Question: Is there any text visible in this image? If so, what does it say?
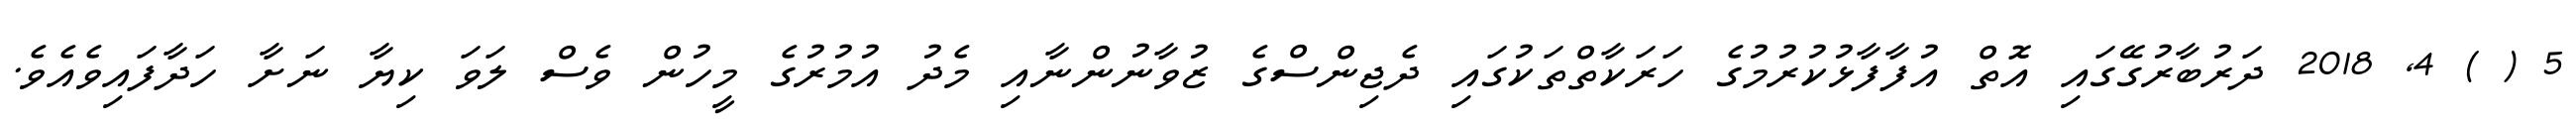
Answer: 5 ( ) 4, 2018 ދަރުބާރުގޭގައި އޮތް އުފާފާޅުކުރުމުގެ ހަރަކާތްތަކުގައި ދެޖިންސްގެ ޒުވާނުންނާއި މެދު އުމުރުގެ މީހުން ވެސް ލަވަ ކިޔާ ނަށާ ހަދާފައިވެއެވެ.